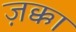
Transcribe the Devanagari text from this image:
ज़क्का